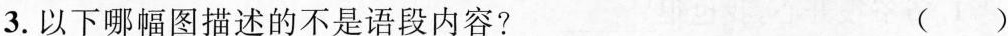
3.以下哪幅图描述的不是语段内容？ ( )